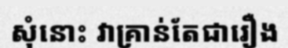
សុំនោះ វាគ្រាន់តែជារឿង